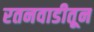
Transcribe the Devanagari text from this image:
रतनवाडीतून